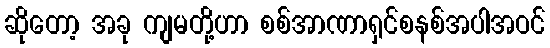
ဆိုတော့ အခု ကျမတို့ဟာ စစ်အာဏာရှင်စနစ်အပါအဝင်